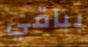
بباقي